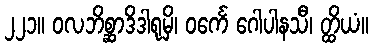
၂၂၁။ ဝလဘိစ္ဆာဒိဒါရုမှိ၊ ဝင်္ကေ ဂေါပါနသီ၊ တ္ထိယံ။